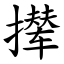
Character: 撵